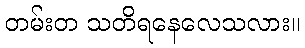
တမ်းတ သတိရနေလေသလား။